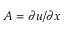
A = \partial u / \partial x